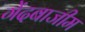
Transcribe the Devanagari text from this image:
गेंदबाजीम